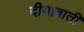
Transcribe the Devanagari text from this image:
दीयाबाती